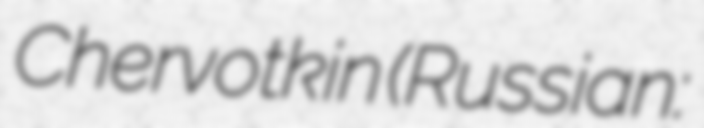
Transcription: Chervotkin (Russian: